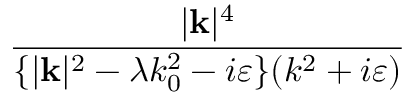
\frac { | \mathbf { k } | ^ { 4 } } { \{ | \mathbf { k } | ^ { 2 } - \lambda k _ { 0 } ^ { 2 } - i \varepsilon \} ( k ^ { 2 } + i \varepsilon ) }